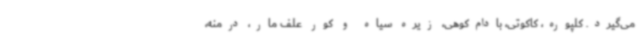
می‌گیرد. کلپوره، کاکوتی، بادام‌کوهی، زیره سیاه و کور علف مار، درمنه،